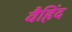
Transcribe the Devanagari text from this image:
वैहिंद